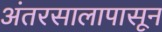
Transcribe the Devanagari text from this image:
अंतरसालापासून